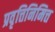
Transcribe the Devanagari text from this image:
प्रवृत्तिनिमित्त